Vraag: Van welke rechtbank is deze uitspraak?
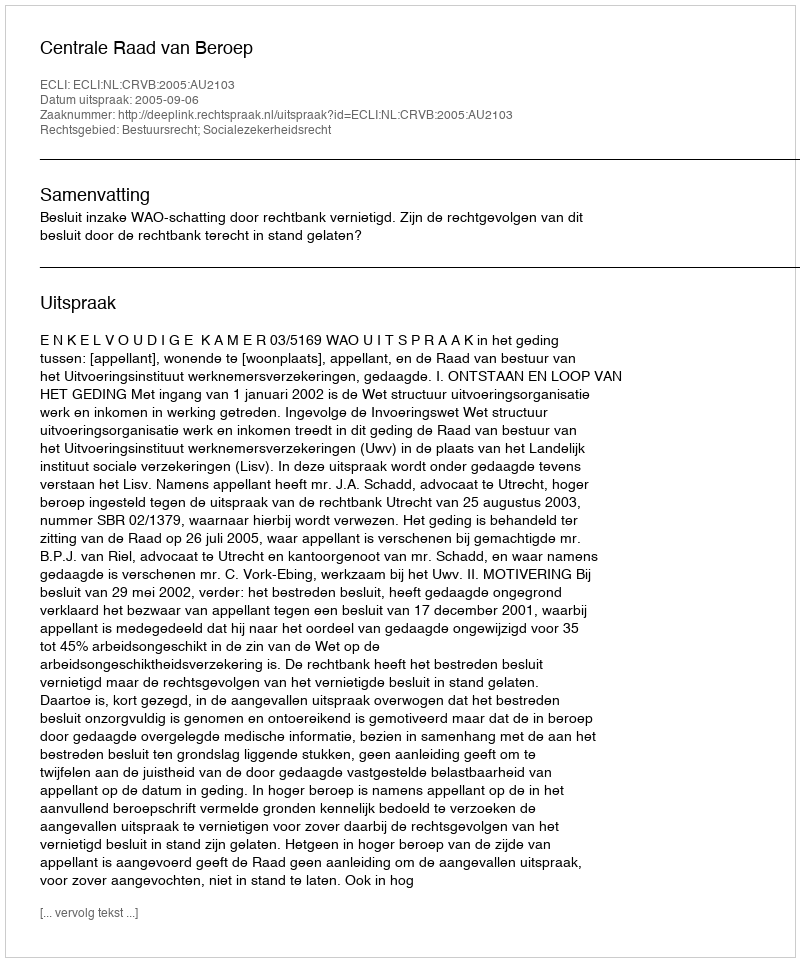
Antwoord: Centrale Raad van Beroep